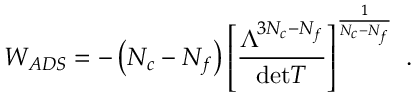
W _ { A D S } = - \left( N _ { c } - N _ { f } \right) \left[ \frac { \Lambda ^ { 3 N _ { c } - N _ { f } } } { \mathrm { d e t } T } \right] ^ { \frac { 1 } { N _ { c } - N _ { f } } } \ .